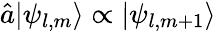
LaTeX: \hat{a}|\psi_{l,m}\rangle\propto|\psi_{l,m+1}\rangle